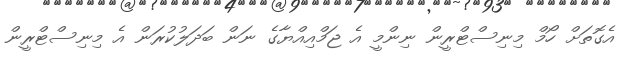
އެގޮތަށް ހޯމް މިނިސްޓްރީން ނިންމީ އެ ޖަމްއިއްޔާގެ ނަން ބަދަލުކުރަން އެ މިނިސްޓްރީން